[Report on the health of British troops in the Madras command]
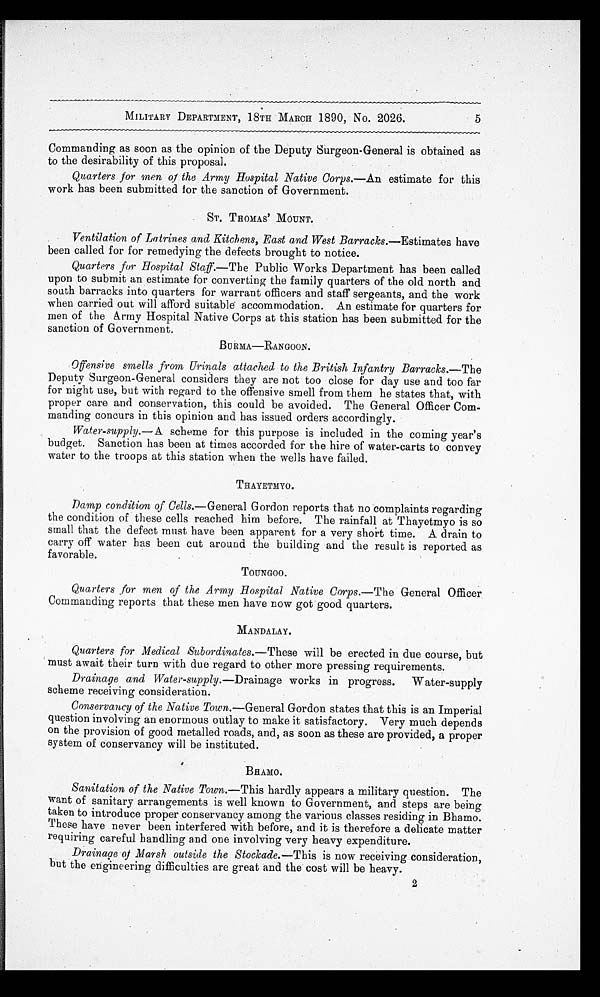
5
MILITARY DEPARTMENT, 18TH MARCH 1890, No. 2026.
Commanding as soon as the opinion of the Deputy Surgeon-General is obtained as
to the desirability of this proposal.
Quarters for men of the Army Hospital Native Corps. —An estimate for this
work has been submitted for the sanction of Government.
ST. THOMAS ' MOUNT.
Ventilation of Latrines and Kitchens, East and West Barracks .—Estimates have
been called for for remedying the defects brought to notice.
Quarters for Hospital Staff. —The Public Works Department has been called
upon to submit an estimate for converting the family quarters of the old north and
south barracks into quarters for warrant officers and staff sergeants, and the work
when carried out will afford suitable accommodation. An estimate for quarters for
men of the Army Hospital Native Corps at this station has been submitted for the
sanction of Government.
BURMA—RANGOON.
Offensive smells from Urinals attached to the British Infantry Barracks. —The
Deputy Surgeon-General considers they are not too close for day use and too far
for night use, but with regard to the offensive smell from them he states that, with
proper care and conservation, this could be avoided. The General Officer Com-
manding concurs in this opinion and has issued orders accordingly.
Water-supply. — A scheme for this purpose is included in the coming year's
budget. Sanction has been at times accorded for the hire of water-carts to convey
water to the troops at this station when the wells have failed.
THAYETMYO.
Damp condition of Cells .—General Gordon reports that no complaints regarding
the condition of these cells reached him before. The rainfall at Thayetmyo is so
small that the defect must have been apparent for a very short time. A drain to
carry off water has been cut around the building and the result is reported as
favorable.
TOUNGOO.
Quarters for men of the Army Hospital Native Corps. —The General Officer
Commanding reports that these men have now got good quarters.
MANDALAY.
Quarters for Medical Subordinates. —These will be erected in due course, but
must await their turn with due regard to other more pressing requirements.
Drainage and Water-supply. —Drainage works in progress. Water-supply
scheme receiving consideration.
Conservancy of the Native Town .—General Gordon states that this is an Imperial
question involving an enormous outlay to make it satisfactory. Very much depends
on the provision of good metalled roads, and, as soon as these are provided, a proper
system of conservancy will be instituted.
BHAMO.
Sanitation of the Native Town .—This hardly appears a military question. The
want of sanitary arrangements is well known to Government, and steps are being
taken to introduce proper conservancy among the various classes residing in Bhamo.
These have never been interfered with before, and it is therefore a delicate matter
requiring careful handling and one involving very heavy expenditure.
Drainage of Marsh outside the Stockade. —This is now receiving consideration,
but the engineering difficulties are great and the cost will be heavy.
2